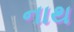
નાથ